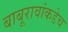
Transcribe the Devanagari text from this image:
बाबूरावांकडेच